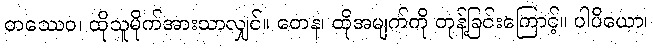
တဿေဝ၊ ထိုသူမိုက်အားသာလျှင်။ တေန၊ ထိုအမျက်ကို တုန့်ခြင်းကြောင့်။ ပါပိယော၊